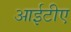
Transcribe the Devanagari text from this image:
आईटीए